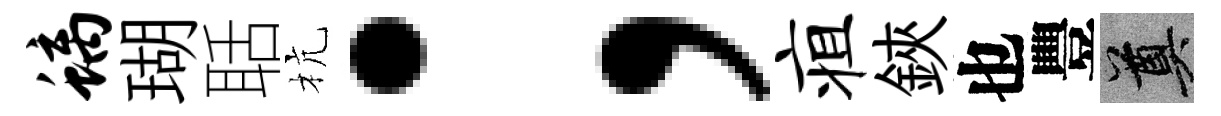
螭瑚聒杭；疽鋏也豐奠